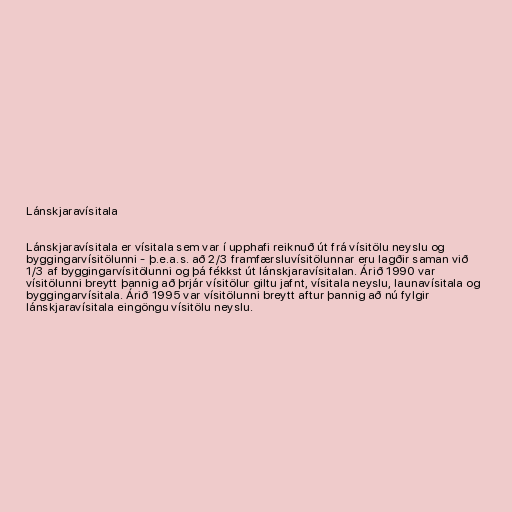
Lánskjaravísitala

Lánskjaravísitala er vísitala sem var í upphafi reiknuð út frá vísitölu neyslu og
byggingarvísitölunni - þ.e.a.s. að 2/3 framfærsluvísitölunnar eru lagðir saman við
1/3 af byggingarvísitölunni og þá fékkst út lánskjaravísitalan. Árið 1990 var
vísitölunni breytt þannig að þrjár vísitölur giltu jafnt, vísitala neyslu, launavísitala og
byggingarvísitala. Árið 1995 var vísitölunni breytt aftur þannig að nú fylgir
lánskjaravísitala eingöngu vísitölu neyslu.